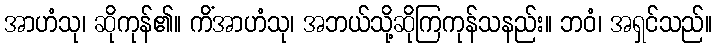
အာဟံသု၊ ဆိုကုန်၏။ ကိံအာဟံသု၊ အဘယ်သို့ဆိုကြကုန်သနည်း။ ဘဝံ၊ အရှင်သည်။